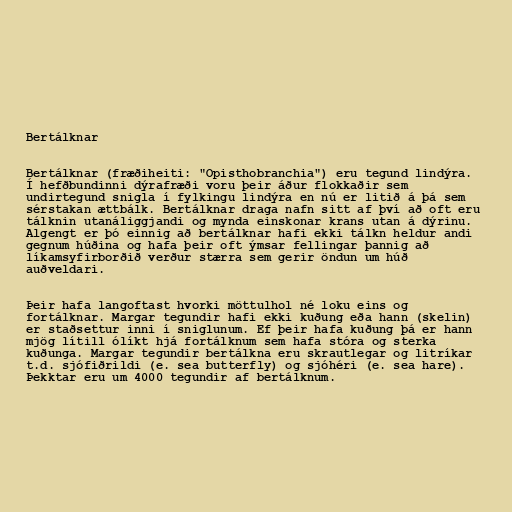
Bertálknar

Bertálknar (fræðiheiti: "Opisthobranchia") eru tegund lindýra.
Í hefðbundinni dýrafræði voru þeir áður flokkaðir sem
undirtegund snigla í fylkingu lindýra en nú er litið á þá sem
sérstakan ættbálk. Bertálknar draga nafn sitt af því að oft eru
tálknin utanáliggjandi og mynda einskonar krans utan á dýrinu.
Algengt er þó einnig að bertálknar hafi ekki tálkn heldur andi
gegnum húðina og hafa þeir oft ýmsar fellingar þannig að
líkamsyfirborðið verður stærra sem gerir öndun um húð
auðveldari.

Þeir hafa langoftast hvorki möttulhol né loku eins og
fortálknar. Margar tegundir hafi ekki kuðung eða hann (skelin)
er staðsettur inni í sniglunum. Ef þeir hafa kuðung þá er hann
mjög lítill ólíkt hjá fortálknum sem hafa stóra og sterka
kuðunga. Margar tegundir bertálkna eru skrautlegar og litríkar
t.d. sjófiðrildi (e. sea butterfly) og sjóhéri (e. sea hare).
Þekktar eru um 4000 tegundir af bertálknum.